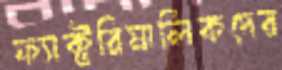
ফ্যাক্টরিমালিকদের